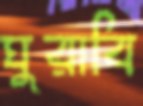
ঘুরাবি